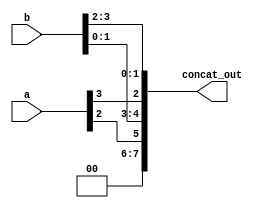
module concat_example (
    input [3:0] a,
    input [3:0] b,
    output [7:0] concat_out
);

assign concat_out = {a[2], b[1:0], a[3], b[3:2]};

endmodule